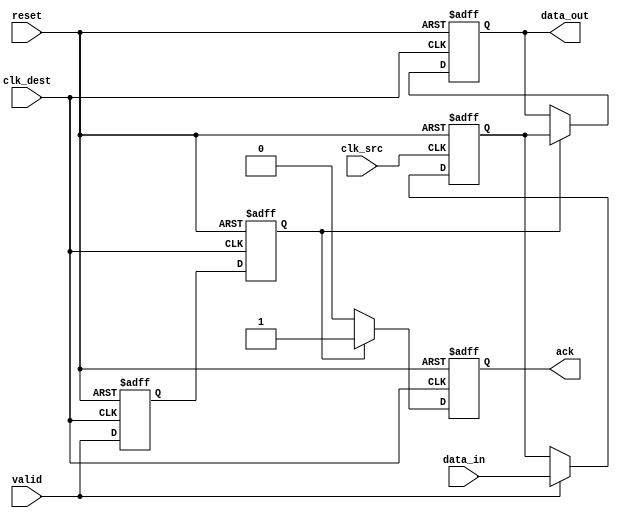
module MemoryBlocksHandshakeSynchronizer #(
    parameter DATA_WIDTH = 8  // Adjust the data width as needed
)(
    input wire clk_src,        // Source clock
    input wire clk_dest,       // Destination clock
    input wire reset,          // Reset signal
    input wire [DATA_WIDTH-1:0] data_in, // Data input from source clock domain
    input wire valid,          // Valid signal for data_in
    output reg [DATA_WIDTH-1:0] data_out, // Synchronized data output to dest clock domain
    output reg ack             // Acknowledgment signal from dest clock domain
);

// Internal signals
reg valid_sync1, valid_sync2; // Synchronization registers for 'valid'
reg [DATA_WIDTH-1:0] data_buffer; // Buffer to hold data during synchronization

// Source clock domain logic
always @(posedge clk_src or posedge reset) begin
    if (reset) begin
        data_buffer <= 0;
    end else if (valid) begin
        data_buffer <= data_in; // Capture data when valid is high
    end
end

// Destination clock domain logic for handshake synchronization
always @(posedge clk_dest or posedge reset) begin
    if (reset) begin
        data_out <= 0;
        ack <= 0;
        valid_sync1 <= 0;
        valid_sync2 <= 0;
    end else begin
        // Synchronize the 'valid' signal
        valid_sync1 <= valid; // First stage of synchronization
        valid_sync2 <= valid_sync1; // Second stage of synchronization

        // Handshake logic
        if (valid_sync2) begin // If valid data is synchronized
            data_out <= data_buffer; // Transfer the buffered data
            ack <= 1; // Acknowledge receiving the data
        end else if (ack) begin
            ack <= 0; // Clear ack signal if it was high
        end
    end
end

endmodule